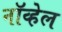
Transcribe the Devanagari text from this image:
नॉव्हेल